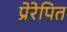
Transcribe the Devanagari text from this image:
प्रेरेपित